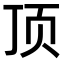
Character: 顶